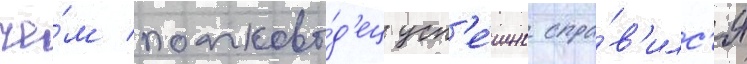
че́м полково́д'ец усп'е́шно спра́в'илс'я